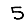
Digit: 5